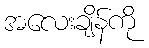
အလေးချိန်ကို